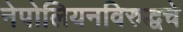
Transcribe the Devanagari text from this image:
नेपोलियनविरुद्धचे